Vaccination in Bombay 1924-1928 - 1924-1928
Year: 1924
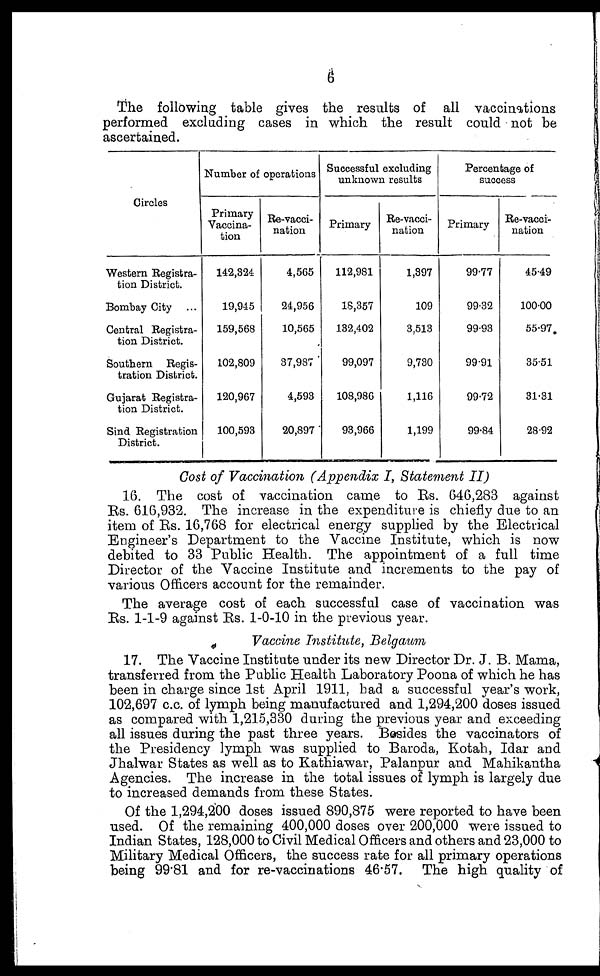
6
The following table gives the results of all vaccinations
performed excluding cases in which the result could not be
ascertained.
Circles
Western Registra¬
tion District.
Bombay City ...
Central Registra¬
tion District.
Southern Regis-
tration District.
Gujarat Registra-
tion District.
Sind Registration
District.
Number of operations
Primary
Vaccina-
tion
142,324
19,945
159,568
102,809
120,967
100,593
Re-vacci-
nation
4,565
24,956
10,565
37,987
4,593
20,897
Successful excluding
unknown results
Primary
112,981
18,357
132,402
99,097
108,986
93,966
Re-vacci-
nation
1,397
109
3,513
9,730
1,116
1,199
Percentage of
success
Primary
99.77
99.32
99.93
99.91
99.72
99.84
Re-vacci-
nation
45.49
100.00
55.97
35.51
31.31
28.92
Cost of Vaccination (Appendix I, Statement II)
16. The cost of vaccination came to Rs. 646,283 against
Rs. 616,932. The increase in the expenditure is chiefly due to an
item of Rs. 16,768 for electrical energy supplied by the Electrical
Engineer's Department to the Vaccine Institute, which is now
debited to 33 Public Health. The appointment of a full time
Director of the Vaccine Institute and increments to the pay of
various Officers account for the remainder.
The average cost of each successful case of vaccination was
Rs. 1-1-9 against Rs. 1-0-10 in the previous year.
Vaccine Institute, Belgaum
17. The Vaccine Institute under its new Director Dr. J. B. Mama,
transferred from the Public Health Laboratory Poona of which he has
been in charge since 1st April 1911, had a successful year's work,
102,697 c.c. of lymph being manufactured and 1,294,200 doses issued
as compared with 1,215,330 during the previous year and exceeding
all issues during the past three years. Besides the vaccinators of
the Presidency lymph was supplied to Baroda, Kotah, Idar and
Jhalwar States as well as to Kathiawar, Palanpur and Mahikantha
Agencies. The increase in the total issues of lymph is largely due
to increased demands from these States.
Of the 1,294,200 doses issued 890,875 were reported to have been
used. Of the remaining 400,000 doses over 200,000 were issued to
Indian States, 128,000 to Civil Medical Officers and others and 23,000 to
Military Medical Officers, the success rate for all primary operations
being99.81 and for re-vaccinations 46.57. The high quality of